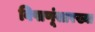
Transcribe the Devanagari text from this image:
विषाणूंसारख्या